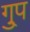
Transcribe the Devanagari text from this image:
गु्प